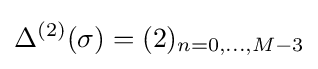
\Delta ^{(2)}(\sigma )=(2)_{n=0,\dots ,M-3}